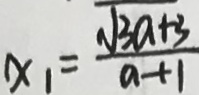
x _ { 1 } = \frac { \sqrt { 3 a + 3 } } { a + 1 }